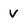
Character: v